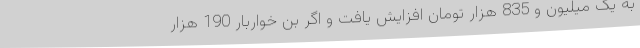
به یک میلیون و 835 هزار تومان افزایش یافت و اگر بن خواربار 190 هزار